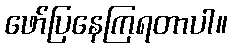
ဖော်ပြနေကြရတာပါ။